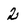
Character: 2